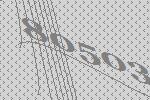
80503